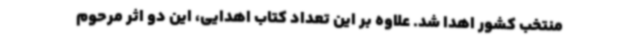
منتخب کشور اهدا شد. علاوه بر این تعداد کتاب اهدایی، این دو اثر مرحوم